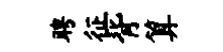
聘征背算